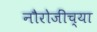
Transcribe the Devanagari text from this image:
नौरोजींच्या